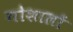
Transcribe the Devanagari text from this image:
गोशालों